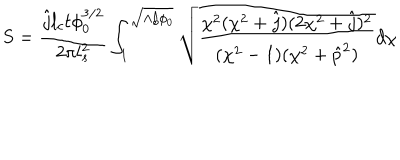
S = \frac { \hat { j } l _ { c } t \phi _ { 0 } ^ { 3 / 2 } } { 2 \pi l _ { s } ^ { 2 } } \int _ { 1 } ^ { \sqrt { \Lambda / \phi _ { 0 } } } \sqrt { \frac { \chi ^ { 2 } ( \chi ^ { 2 } + \hat { j } ) ( 2 \chi ^ { 2 } + \hat { j } ) ^ { 2 } } { ( \chi ^ { 2 } - 1 ) ( \chi ^ { 2 } + \hat { p } ^ { 2 } ) } } d \chi